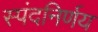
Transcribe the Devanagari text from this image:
स्पंदनिर्णय